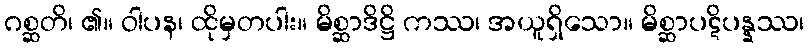
ဂစ္ဆတိ၊ ၏။ ဝါပန၊ ထိုမှတပါး။ မိစ္ဆာဒိဋ္ဌိ ကဿ၊ အယူရှိသော။ မိစ္ဆာပဋိပန္နဿ၊